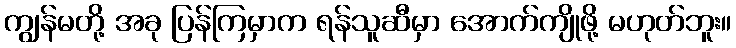
ကျွန်မတို့ အခု ပြန်ကြမှာက ရန်သူဆီမှာ အောက်ကျိုဖို့ မဟုတ်ဘူး။